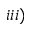
i i i )